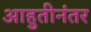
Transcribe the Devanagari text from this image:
आहुतीनंतर